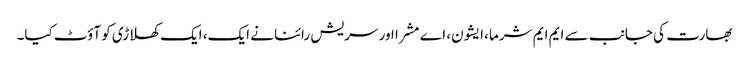
بھارت کی جانب سے ایم ایم شرما ،ایشون، اے مشرا اور سریش رائنا نے ایک، ایک کھلاڑی کو آؤٹ کیا۔